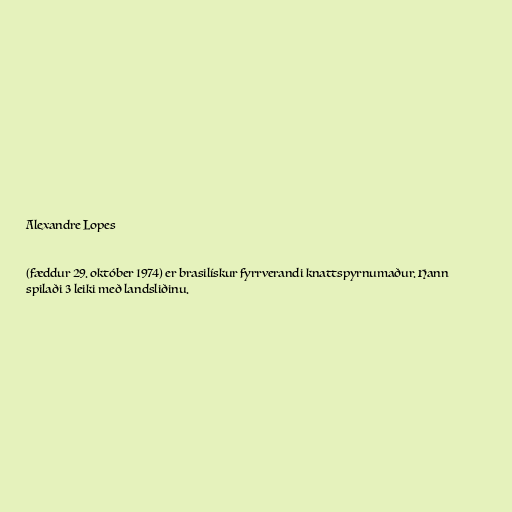
Alexandre Lopes

(fæddur 29. október 1974) er brasilískur fyrrverandi knattspyrnumaður. Hann
spilaði 3 leiki með landsliðinu.